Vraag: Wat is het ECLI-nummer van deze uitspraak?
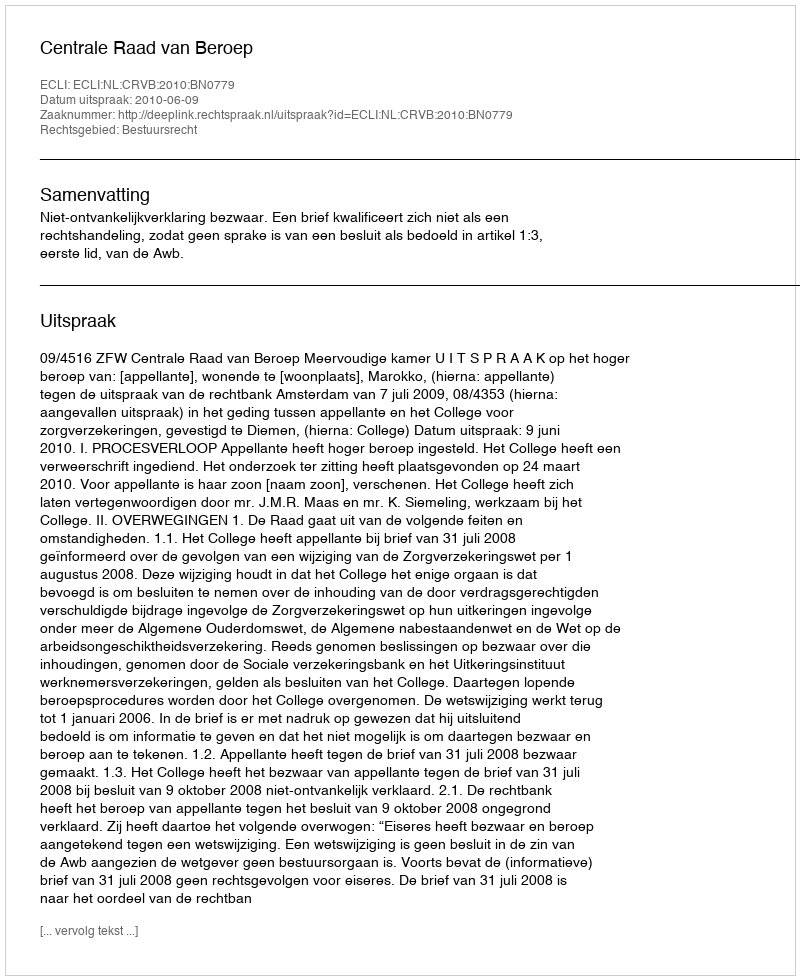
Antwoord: ECLI:NL:CRVB:2010:BN0779